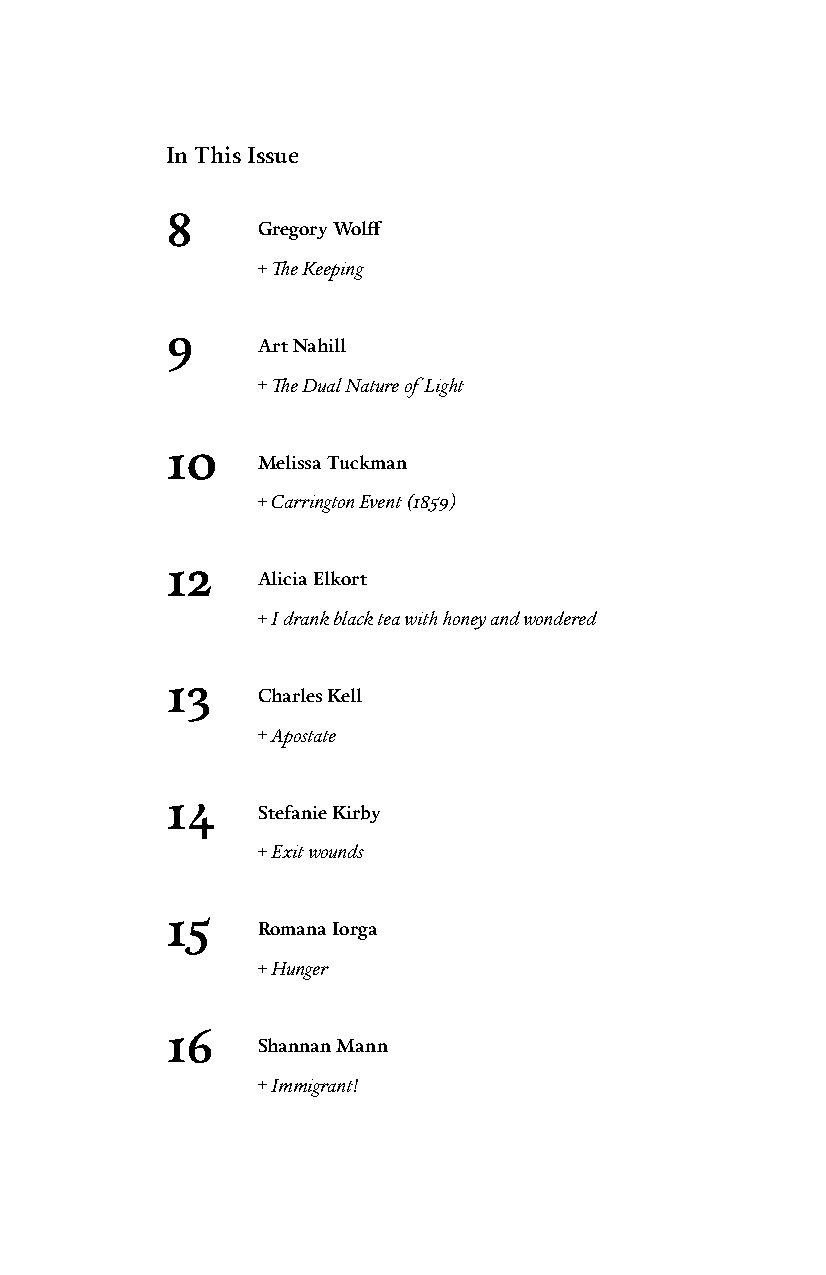
In This Issue
 8
 Gregory Wolff
 + The Keeping
 9
 Art Nahill
 + The Dual Nature of Light
 10
 Melissa Tuckman
 + Carrington Event (1859)
 12
 Alicia Elkort
 + I drank black tea with honey and wondered
 13
 Charles Kell
 + Apostate
 14
 Stefanie Kirby
 + Exit wounds
 15
 Romana Iorga
 + Hunger
 16
 Shannan Mann
 + Immigrant!